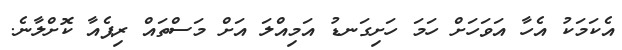
އެކަމަކު އެހާ އަވަހަށް ހަމަ ހަށިގަނޑު އަމިއްލަ އަށް މަސްތައް ރިޕެއާ ކޮށްލާނެ.